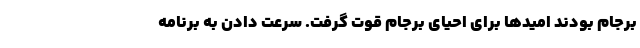
برجام بودند امیدها برای احیای برجام قوت گرفت. سرعت دادن به برنامه